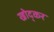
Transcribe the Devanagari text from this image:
खोद्कर